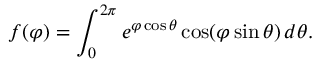
f ( \varphi ) = \int _ { 0 } ^ { 2 \pi } e ^ { \varphi \cos \theta } \cos ( \varphi \sin \theta ) \, d \theta .